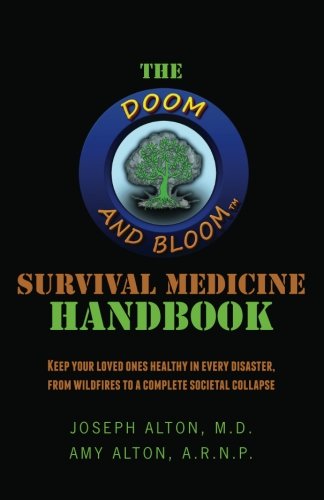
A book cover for The Doom and Bloom Survival Medicine Handbook: Keep your Loved Ones Healthy in Every Disaster, from Wildfires to a Complete Societal Collapse; Joseph Alton; Politics & Social Sciences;